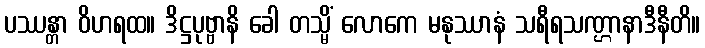
ပဿန္တာ ဝိဟရထ။ ဒိဋ္ဌပုဗ္ဗာနိ ခေါ တသ္မိံ လောကေ မနုဿာနံ သရီရသဏ္ဌာနာဒီနီတိ။